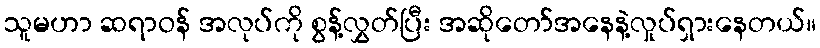
သူမဟာ ဆရာဝန် အလုပ်ကို စွန့်လွှတ်ပြီး အဆိုတော်အနေနဲ့လှုပ်ရှားနေတယ်။